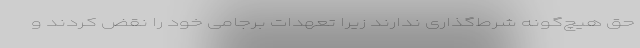
حق هیچ‌گونه شرط‌گذاری ندارند زیرا تعهدات برجامی خود را نقض کردند و